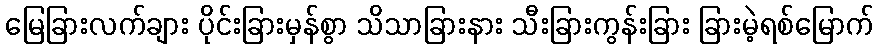
မြေခြားလက်ချား ပိုင်းခြားမှန်စွာ သိသာခြားနား သီးခြားကွန်းခြား ခြားမဲ့ရစ်မြောက်